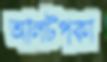
আলটপকা